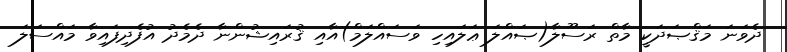
ދެވަނަ މަޤްޞަދަކީ މާތް ރަސޫލާ(ޞައްލަ ޢަލައިހި ވަސައްލަމް)އާއި ޤުރައިޝުންނާ ދެމެދު އުފެދިފައިވާ މައްސަލަ